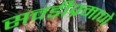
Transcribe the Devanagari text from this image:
सवडीप्रमाणे